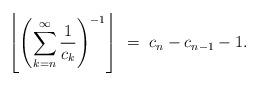
LaTeX: \begin{align*}\left\lfloor\left(\sum_{k = n}^{\infty} \frac{1}{c_{k}}\right)^{-1}\right\rfloor \ = \ c_n-c_{n-1}-1.\end{align*}